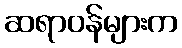
ဆရာဝန်များက